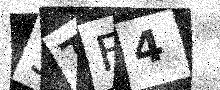
Text: 5TF4